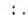
:.